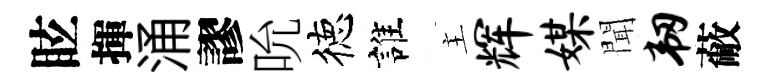
眩揮涌謬吮徳誰主辉媒聞韧蔽